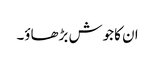
ان کا جوش بڑھاؤ۔